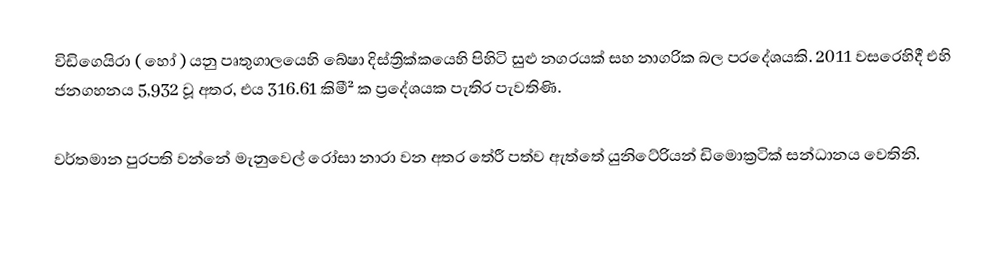
විඩිගෙයිරා ( හෝ ) යනු පෘතුගාලයෙහි බේෂා දිස්ත්‍රික්කයෙහි පිහිටි සුළු නගරයක් සහ   නාගරික බල ප‍්‍රදේශයකි. 2011 වසරෙහිදී එහි ජනගහනය  5,932 වූ අතර, එය 316.61 කිමී² ක ප්‍රදේශයක පැතිර පැවතිණි.

වර්තමාන පුරපති වන්නේ මැනුවෙල් රෝසා නාරා වන අතර තේරී පත්ව ඇත්තේ  යුනිටේරියන් ඩිමොක්‍රටික් සන්ධානය වෙතිනි.